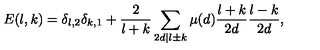
E ( l , k ) = \delta _ { l , 2 } \delta _ { k , 1 } + \frac { 2 } { l + k } \sum _ { 2 d | l \pm k } \mu ( d ) { \binom { \frac { l + k } { 2 d } } { \frac { l - k } { 2 d } } } ,